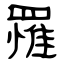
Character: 罹